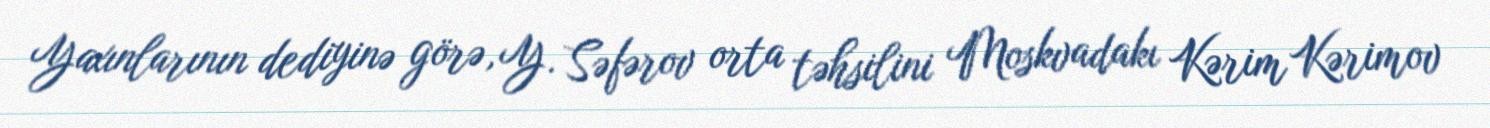
Yaxınlarının dediyinə görə, Y. Səfərov orta təhsilini Moskvadakı Kərim Kərimov